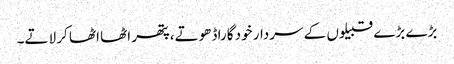
بڑے بڑے قبیلوں کے سردار خود گارا ڈھوتے،پتھر اٹھا اٹھا کر لاتے۔